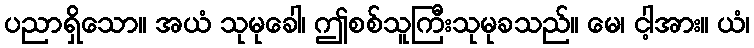
ပညာရှိသော။ အယံ သုမုခေါ၊ ဤစစ်သူကြီးသုမုခသည်။ မေ၊ ငါ့အား။ ယံ၊